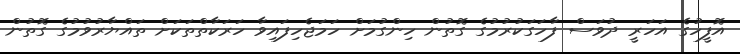
އޮފީހުގެ އަހަރީ ދުވަސް ފާހަގަކުރުމުގެ ގޮތުން ހިންގުމަށް ހަމަޖެހިފައިވާ ހަރަކާތްތަކަށް ތައްޔާރުވުމުގެ ގޮތުން